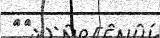
٢١